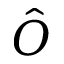
\hat { O }